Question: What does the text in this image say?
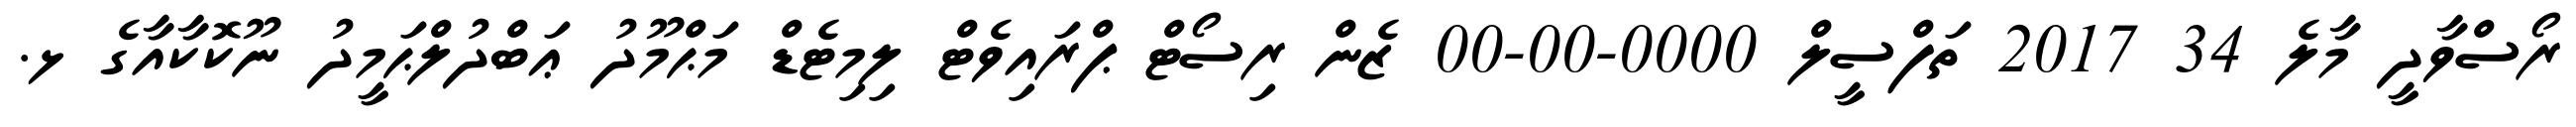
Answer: ރޯސްވާދީ މާލެ 34 2017 ތަފްސީލް 0000-00-00 ޒެން ރިސޯޓް ޕްރައިވެޓް ލިމިޓެޑް މަޙްމޫދު ޢަބްދުލްޙަމީދު ނޫކޮކާއާގެ ޅ.